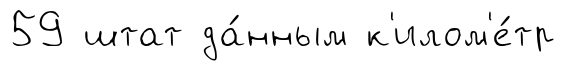
59 штат да́нным к'илом'е́тр